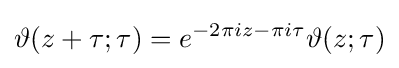
\vartheta (z+\tau ;\tau )=e^{-2\pi iz-\pi i\tau }\vartheta (z;\tau )